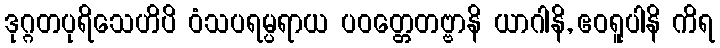
ဒုဂ္ဂတပုရိသေဟိပိ ဝံသပရမ္ပရာယ ပဝတ္တေတဗ္ဗာနိ ယာဂါနိ, ဧဝရူပါနိ ကိရ